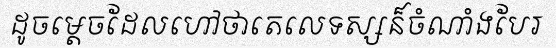
ដូចម្តេចដែលហៅថាតេលេទស្សន៏ចំណាំងបែរ